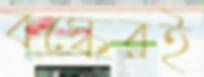
বস্কেরই